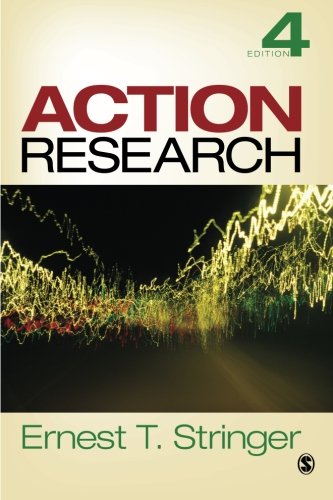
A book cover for Action Research; Ernest T. Stringer; Medical Books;